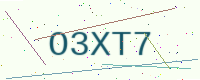
Text: O3XT7